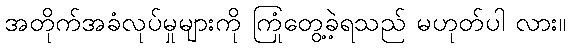
အတိုက်အခံလုပ်မှုများကို ကြုံတွေ့ခဲ့ရသည် မဟုတ်ပါ လား။